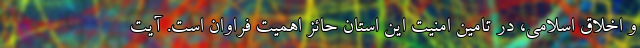
و اخلاق اسلامی، در تامین امنیت این استان حائز اهمیت فراوان است. آیت